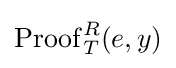
\operatorname {Proof} _{T}^{R}(e,y)